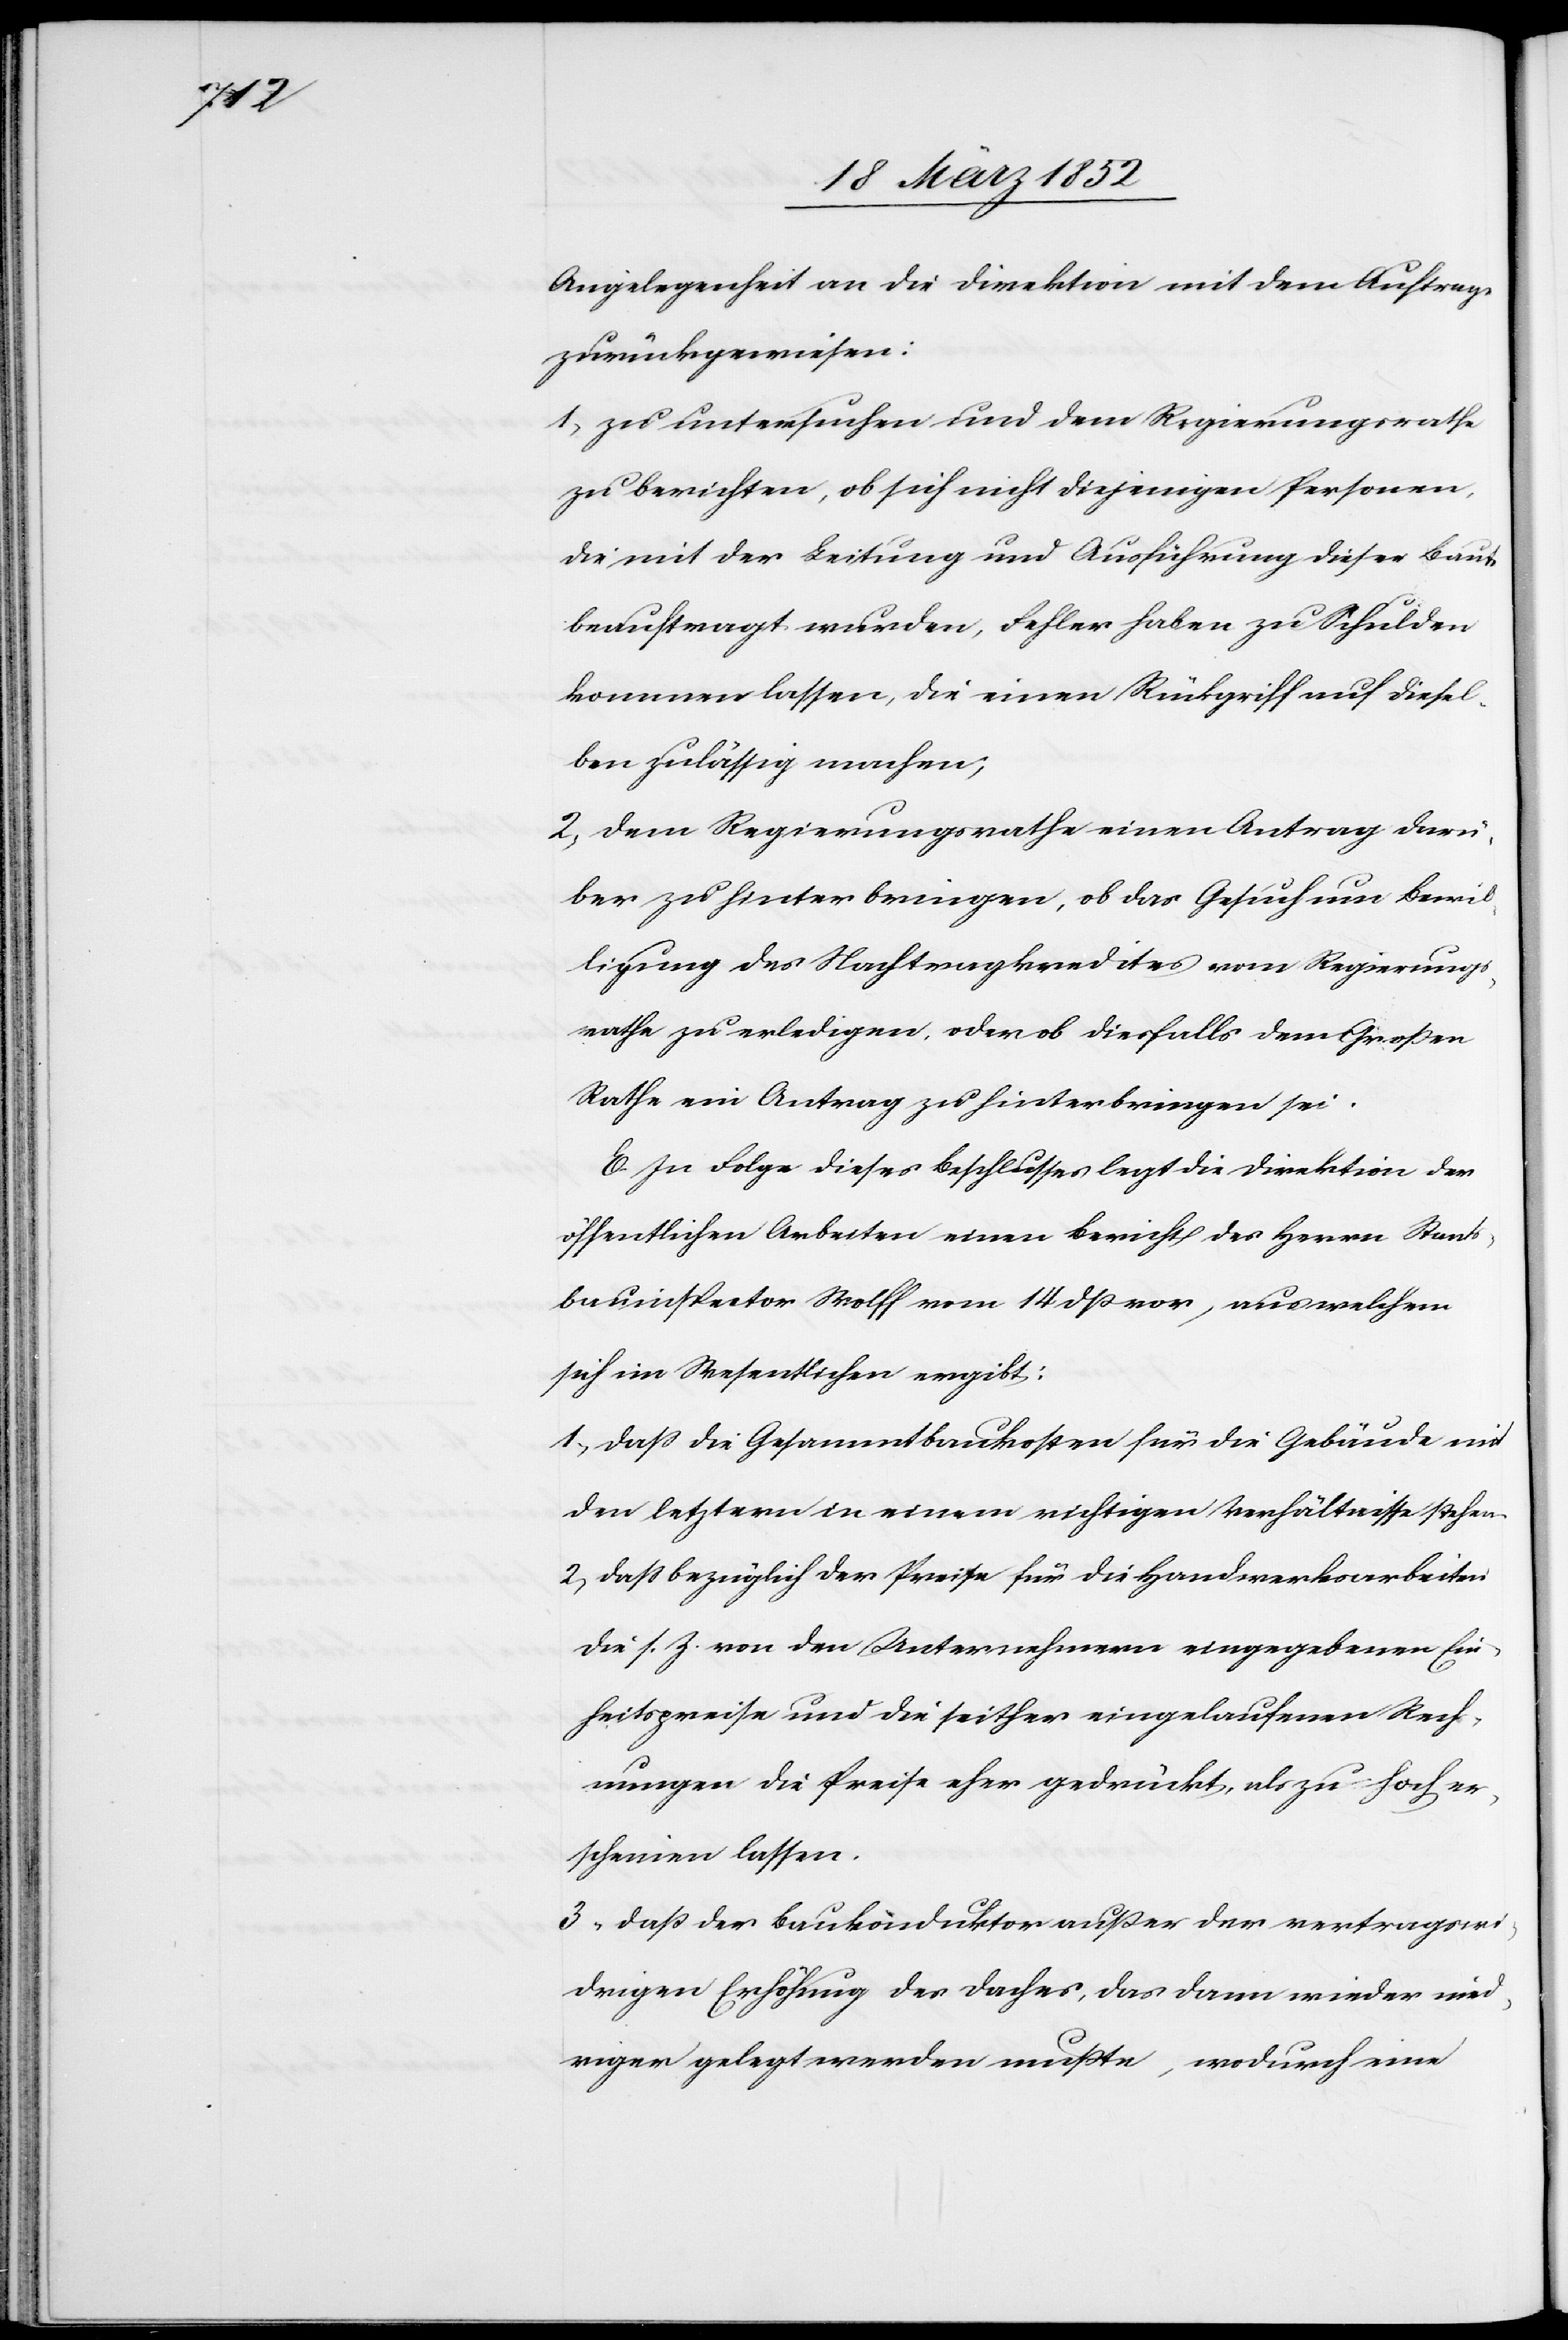
Angelegenheit an die Direktion mit dem Auftrag
zurückgewiesen:
1) zu untersuchen und dem Regierungsrathe
zu berichten, ob sich nicht diejenigen Personen,
die mit der Leitung und Ausführung dieser Baute
beauftragt wurden, Fehler haben zu Schulden
kommen lassen, die einen Rückgriff auf diesel¬
ben zulässig machen,
2) dem Regierungsrathe einen Antrag darü¬
ber zu hinterbringen, ob das Gesuch um Bewil¬
ligung des Nachtragkredites vom Regierungs¬
rathe zu erledigen oder ob diesfalls dem Großen
Rathe ein Antrag zu hinterbringen sei.
E. In Folge dieses Beschlusses legt die Direktion der
öffentlichen Arbeiten einen Bericht des Herrn Staats¬
bauinspector Wolff vom 14 dß vor, aus welchem
sich im Wesentlichen ergibt:
1) Daß die Gesammtbaukosten für die Gebäude mit
den letztern in einem richtigen Verhältnisse stehen.
2) Daß bezüglich der Preise für die Handwerksarbeiten
die s. Z. von den Unternehmern eingegebenen Ein¬
heitspreise und die seither eingelaufenen Rech¬
nungen die Preise eher gedrückt, als zu hoch er¬
scheinen lassen.
3) Daß der Baukonduktor außer der vertragswi¬
drigen Erhöhung des Daches, das dann wieder nied¬
riger gelegt werden mußte, wodurch eine